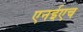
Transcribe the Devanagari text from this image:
एनईएच